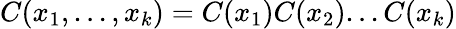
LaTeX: C(x_{1},...,x_{k})=C(x_{1})C(x_{2})...C(x_{k})